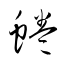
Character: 蜷